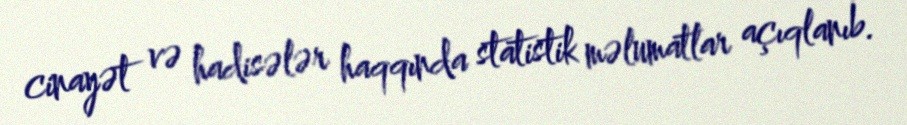
cinayət və hadisələr haqqında statistik məlumatlar açıqlanıb.